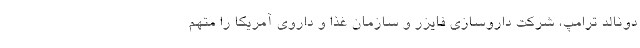
دونالد ترامپ، شرکت داروسازی فایزر و سازمان غذا و داروی آمریکا را متهم